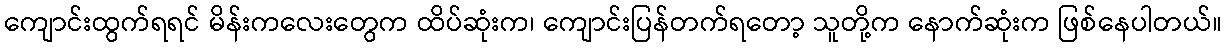
ကျောင်းထွက်ရရင် မိန်းကလေးတွေက ထိပ်ဆုံးက၊ ကျောင်းပြန်တက်ရတော့ သူတို့က နောက်ဆုံးက ဖြစ်နေပါတယ်။